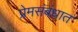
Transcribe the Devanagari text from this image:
प्रेमसंबंधात